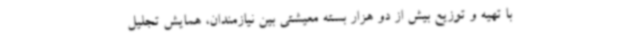
با تهیه و توزیع بیش از دو هزار بسته معیشتی بین نیازمندان، همایش تجلیل